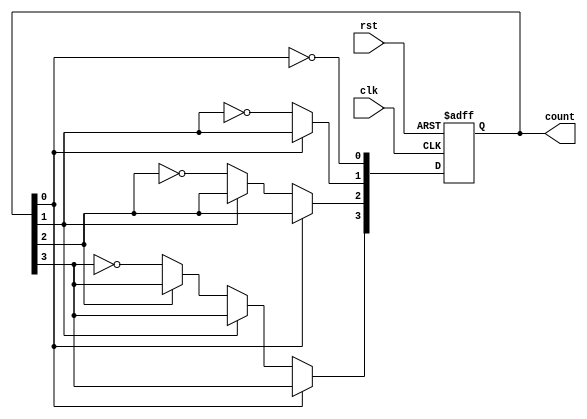
module async_counter (
    input wire clk,        // Clock input
    input wire rst,        // Asynchronous reset input
    output reg [n-1:0] count // Counter output (n bits)
);
    parameter n = 4; // Number of bits for the counter

    always @(posedge clk or posedge rst) begin
        if (rst) begin
            count <= 0; // Reset the counter to 0
        end else begin
            count[0] <= ~count[0]; // Toggle the least significant bit
            if (count[0] == 1'b0) begin // If LSB goes from 1 to 0
                count[1] <= ~count[1]; // Toggle the next bit
                if (count[1] == 1'b0) begin // If second bit goes from 1 to 0
                    count[2] <= ~count[2]; // Toggle the third bit
                    if (count[2] == 1'b0) begin // If third bit goes from 1 to 0
                        count[3] <= ~count[3]; // Toggle the fourth bit
                    end
                end
            end
        end
    end
endmodule